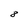
Character: 8